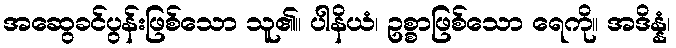
အဆွေခင်ပွန်းဖြစ်သော သူ၏။ ပါနိယံ၊ ဥစ္စာဖြစ်သော ရေကို။ အဒိန္နံ၊